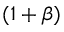
( 1 + \beta )